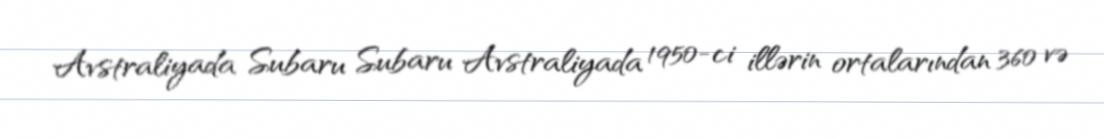
Avstraliyada Subaru Subaru Avstraliyada 1950-ci illərin ortalarından 360 və